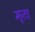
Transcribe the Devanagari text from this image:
मृता